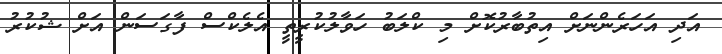
އަދި އަހަރެންނަށް އިތުބާރުކޮށް މި ކްލަބު ހަވާލުކުރީތީ އެލެކްސް ފާގަސަން އަށް ޝުކުރު